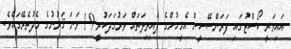
އައިވަރީ ކޯސްޓުގައި ފަރަންސޭސީން އެމީހުންގެ ފައިތިލަތައް ވަރުގަދަކުރީ 19 ވަނަ ޤަރުނުގެ މެދުތެރޭގައެވެ.